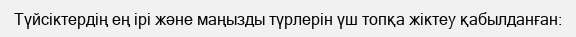
Түйсiктердiң ең iрi жəне маңызды түрлерiн үш топқа жiктеу қабылданған: